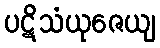
ပဋိသံယုဇေယျ